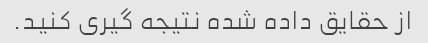
از حقایق داده شده نتیجه گیری کنید.